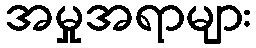
အမှုအရာများ